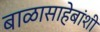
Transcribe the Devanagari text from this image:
बाळासाहेबांशी